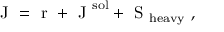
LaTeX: \mathrm { \boldmath ~ J ~ } = \mathrm { \boldmath ~ r ~ } + \mathrm { \boldmath ~ J ~ } ^ { \mathrm { s o l } } + \mathrm { \boldmath ~ S ~ } _ { \mathrm { h e a v y } } \ ,